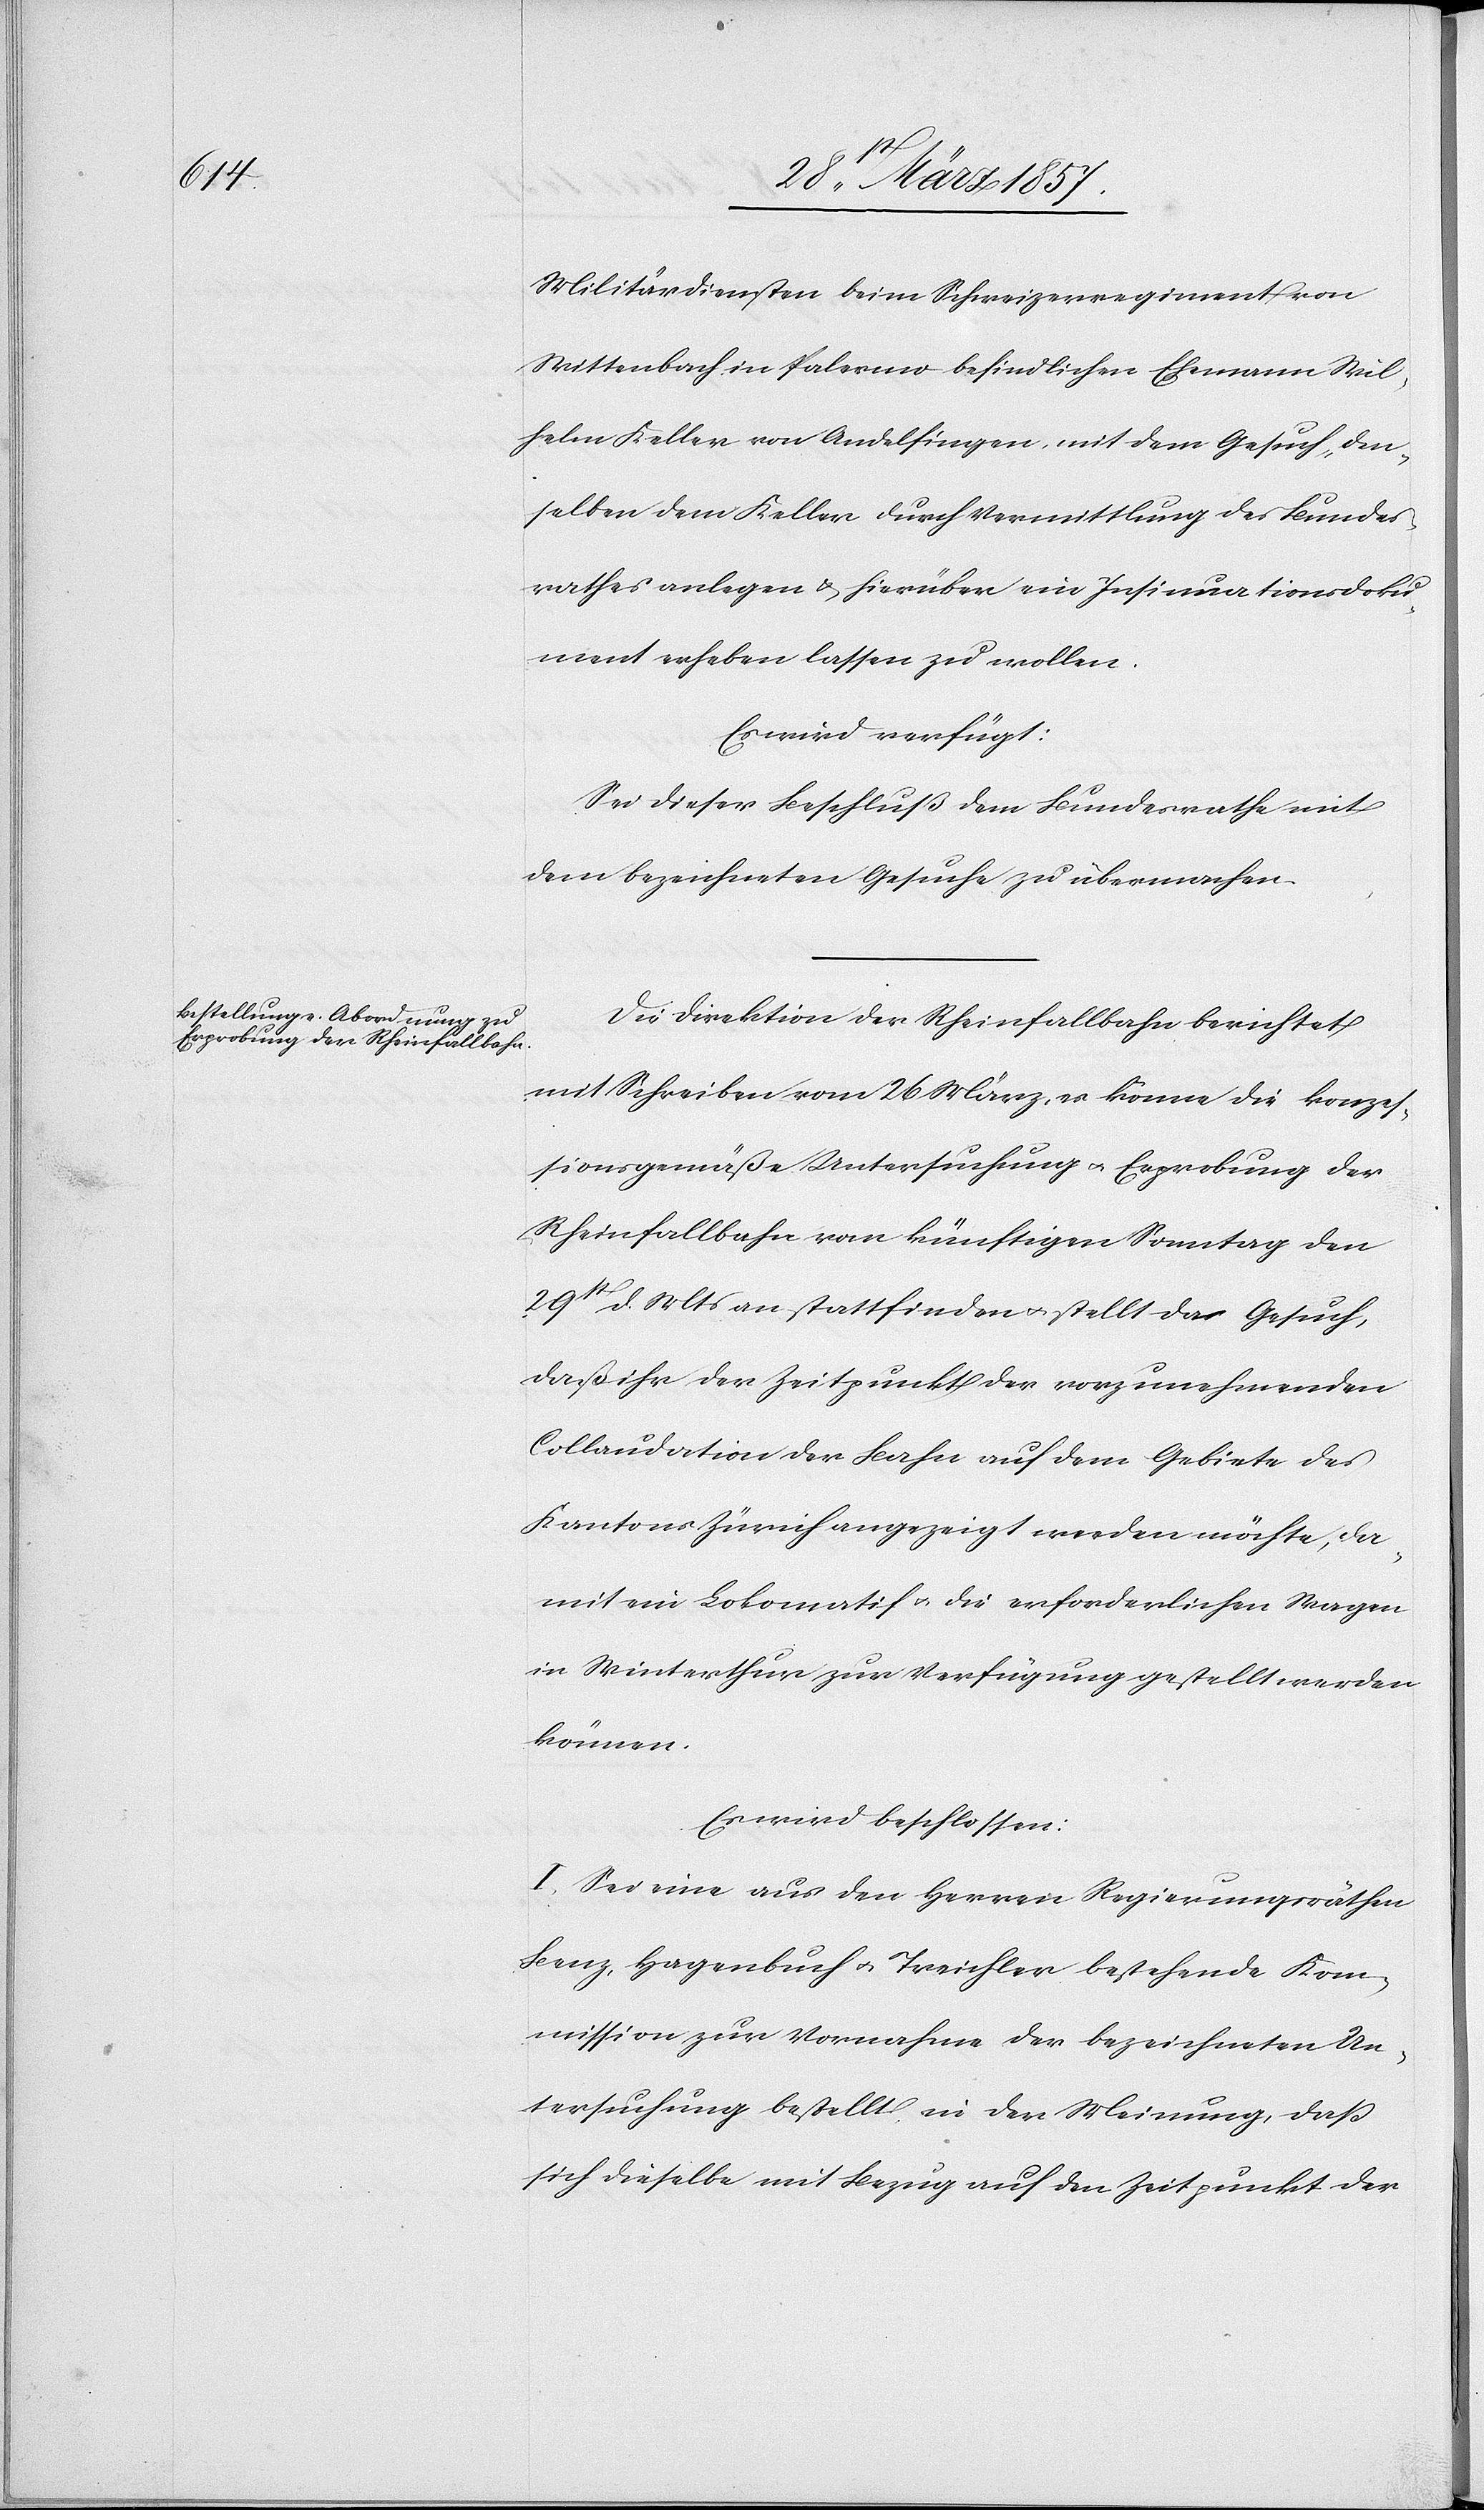
Militärdiensten beim Schweizerregiment von
Wittenbach in Palermo befindlichen Ehemann Wil¬
helm Keller von Andelfingen, mit dem Gesuch, den¬
selben dem Keller durch Vermittlung des Bundes¬
rathes anlegen u. hierüber ein Insinuationsdoku¬
ment erheben lassen zu wollen.
Es wird verfügt:
Sei dieser Beschluß dem Bundesrathe mit
dem bezeichneten Gesuche zu übermachen.
Die Direktion der Rheinfallbahn berichtet
mit Schreiben vom 26 März, es könne die konzes¬
sionsgemäße Untersuchung u. Erprobung der
Rheinfallbahn vom künftigen Sonntag den
29t d. Mts an stattfinden u. stellt das Gesuch,
daß ihr der Zeitpunkt der vorzunehmenden
Collaudation der Bahn auf dem Gebiete des
Kantons Zürich angezeigt werden möchte, da¬
mit ein Lokomatif u. die erforderlichen Wagen
in Winterthur zur Verfügung gestellt werden
können.
Es wird beschlossen:
I. Sei eine aus den Herren Regierungsräthen
Benz, Hagenbuch u. Treichler bestehende Kom¬
mission zur Vornahme der bezeichneten Un¬
tersuchung bestellt, in der Meinung, daß
sich dieselbe mit Bezug auf den Zeitpunkt der